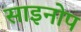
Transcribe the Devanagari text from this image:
साइनोप